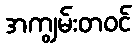
အကျွမ်းတဝင်